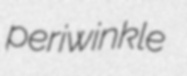
periwinkle